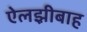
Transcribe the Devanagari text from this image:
ऐलझ़ीबाह